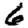
Digit: 6